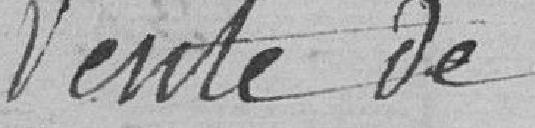
Vente de